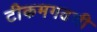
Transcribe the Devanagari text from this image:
टीकमगढची